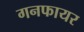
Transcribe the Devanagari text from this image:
गनफायर